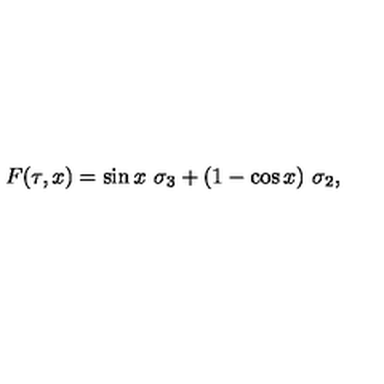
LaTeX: F ( \tau , x ) = \sin x \ \sigma _ { 3 } + ( 1 - \cos x ) \ \sigma _ { 2 } ,